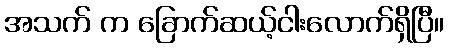
အသက် က ခြောက်ဆယ့်ငါးလောက်ရှိပြီ။